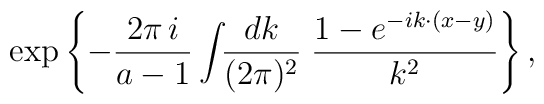
\exp\left\{-\frac{2\pi\,i}{a-1}\int\!\!\frac{dk}{(2\pi)^2}\;\frac{1-e^{-ik{\cdotp}(x-y)}}{k^2}\right\},